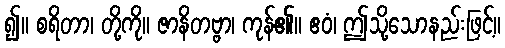
၍။ စရိတာ၊ တို့ကို။ ဇာနိတဗ္ဗာ၊ ကုန်၏။ ဧဝံ၊ ဤသို့သောနည်းဖြင့်။